Report on the cultivation and use of ganja
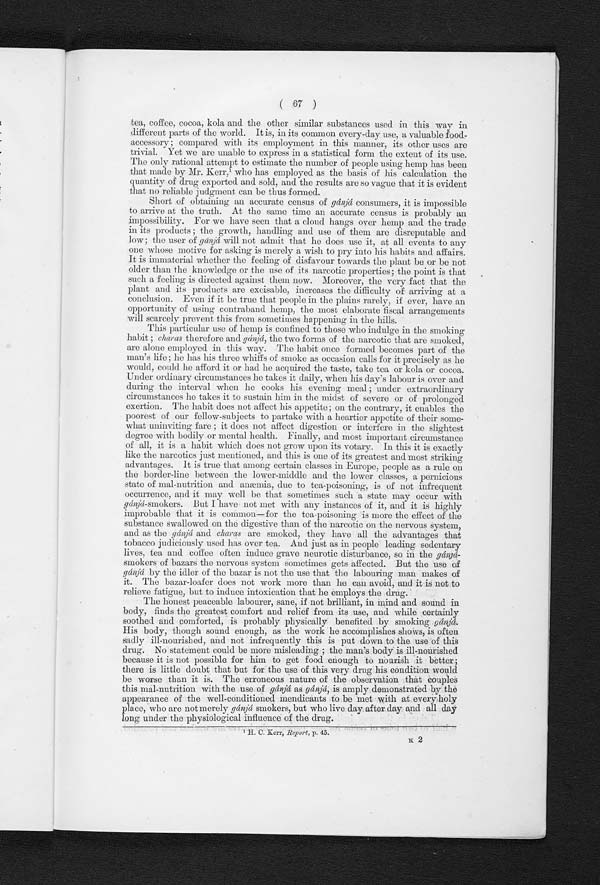
tea, coffee, cocoa, kola and the other similar substances used in this way in
different parts of the world. It is, in its common every-day use, a valuable food-
accessory; compared with its employment in this manner, its other uses are
trivial. Yet we are unable to express in a statistical form the extent of its use.
The only rational attempt to estimate the number of people using hemp has been
that made by Mr. Kerr,1 w h o h a s e m p l o y e d a s t h e b a s i s o f h i s c a l c u l a t i o n t h e
quantity of drug exported and sold, and the results are so vague that it is evident
that no reliable judgment can be thus formed.
Short of obtaining an accurate census of gánjá consumers, it is impossible
to arrive at the truth. At the same time an accurate census is probably an
impossibility. For we have seen that a cloud hangs over hemp and the trade
in its products; the growth, handling and use of them are disreputable and
low ; the user of gánjá will not admit that he does use it, at all events to any
one whose motive for asking is merely a wish to pry into his habits and affairs.
It is immaterial whether the feeling of disfavour towards the plant be or be not
older than the knowledge or the use of its narcotic properties; the point is that
such a feeling is directed against them now. Moreover, the very fact that the
plant and its products are excisable, increases the difficulty of arriving at a
conclusion. Even if it be true that people in the plains rarely, if ever, have an
opportunity of using contraband hemp, the most elaborate fiscal arrangements
will scarcely prevent this from sometimes happening in the hills.
This particular use of hemp is confined to those who indulge in the smoking
habit; charas therefore and gánjá, the two forms of the narcotic that arc smoked,
are alone employed in this way. The habit once formed becomes part of the
man's life; he has his three whiffs of smoke as occasion calls for it precisely as he
would, could he afford it or had he acquired the taste, take tea or kola or cocoa.
Under ordinary circumstances he takes it daily, when his day's labour is over and
during the interval when he cooks his evening meal; under extraordinary
circumstances he takes it to sustain him in the midst of severe or of prolonged
exertion. The habit does not affect his appetite; on the contrary, it enables the
poorest of our fellow-subjects to partake with a heartier appetite of their some-
what uninviting fare ; it does not affect digestion or interfere in the slightest
degree with bodily or mental health. Finally, and most important circumstance
of all, it is a habit which does not grow upon its votary. In this it is exactly
like the narcotics just mentioned, and this is one of its greatest and most striking
advantages. It is true that among certain classes in Europe, people as a rule on
the border-line between the lower-middle and the lower classes, a pernicious
state of mal-nutrition and anæmia, due to tea-poisoning, is of not infrequent
occurrence, and it may well be that sometimes such a state may occur with
gánjá-smokers. But I have not met with any instances of it, and it is highly
improbable that it is common—for the tea-poisoning is more the effect of the
substance swallowed on the digestive than of the narcotic on the nervous system,
and as the gánjá and charas are smoked, they have all the advantages that
tobacco judiciously used has over tea. And just as in people leading sedentary
lives, tea and coffee often induce grave neurotic disturbance, so in the
gánjá-smokers of bazars the nervous system sometimes gets affected. But the use of
gánjá by the idler of the bazar is not the use that the labouring man makes of
it. The bazar-loafer does not work more than he can avoid, and it is not to
relieve fatigue, but to induce intoxication that he employs the drug.
The honest peaceable labourer, sane, if not brilliant, in mind and sound in
body, finds the greatest comfort and relief from its use, and while certainly
soothed and. comforted, is probably physically benefited by smoking gánjá .
His body, though sound enough, as the work he accomplishes shows, is often
sadly ill-nourished, and not infrequently this is put down to the use of this
drug. No statement could be more misleading ; the man's body is ill-nourished
because it is not possible for him to get food enough to nourish it better;
there is little doubt that but for the use of this very drug his condition would
be worse than it is. The erroneous nature of the observation that couples
this mal-nutrition with the use of gánjá as gánjá , is amply demonstrated by the
appearance of the well-conditioned mendicants to be met with at every holy
place, who are not merely gánjá smokers, but who live day after day and all day
long under the physiological influence of the drug.
1
H . C . K e r r ,
R e p o r t ,
p .
4 5 .